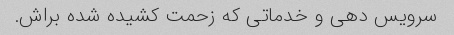
سرویس دهی و خدماتی که زحمت کشیده شده براش.